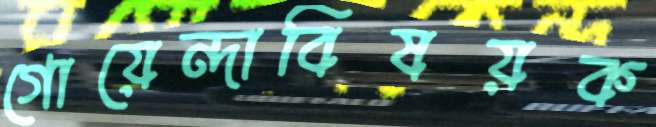
গোয়েন্দাবিষয়ক